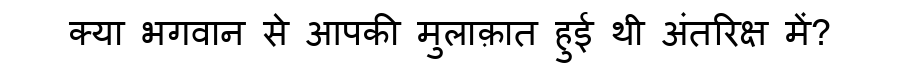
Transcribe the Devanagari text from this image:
क्या भगवान से आपकी मुलाक़ात हुई थी अंतरिक्ष में?